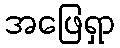
အဖြေရှာ